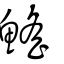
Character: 鰩